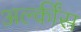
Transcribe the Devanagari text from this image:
अल्कींस